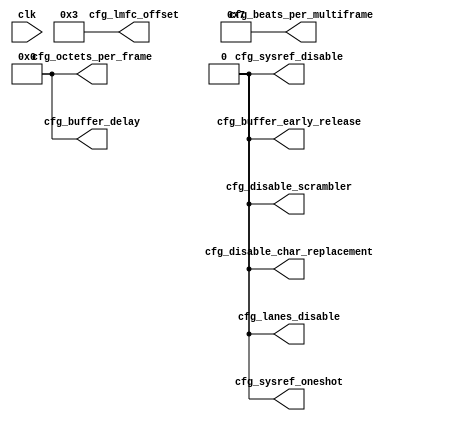
//
// The ADI JESD204 Core is released under the following license, which is
// different than all other HDL cores in this repository.
//
// Please read this, and understand the freedoms and responsibilities you have
// by using this source code/core.
//
// The JESD204 HDL, is copyright  2016-2017 Analog Devices Inc.
//
// This core is free software, you can use run, copy, study, change, ask
// questions about and improve this core. Distribution of source, or resulting
// binaries (including those inside an FPGA or ASIC) require you to release the
// source of the entire project (excluding the system libraries provide by the
// tools/compiler/FPGA vendor). These are the terms of the GNU General Public
// License version 2 as published by the Free Software Foundation.
//
// This core  is distributed in the hope that it will be useful, but WITHOUT ANY
// WARRANTY; without even the implied warranty of MERCHANTABILITY or FITNESS FOR
// A PARTICULAR PURPOSE. See the GNU General Public License for more details.
//
// You should have received a copy of the GNU General Public License version 2
// along with this source code, and binary.  If not, see
// <http://www.gnu.org/licenses/>.
//
// Commercial licenses (with commercial support) of this JESD204 core are also
// available under terms different than the General Public License. (e.g. they
// do not require you to accompany any image (FPGA or ASIC) using the JESD204
// core with any corresponding source code.) For these alternate terms you must
// purchase a license from Analog Devices Technology Licensing Office. Users
// interested in such a license should contact jesd204-licensing@analog.com for
// more information. This commercial license is sub-licensable (if you purchase
// chips from Analog Devices, incorporate them into your PCB level product, and
// purchase a JESD204 license, end users of your product will also have a
// license to use this core in a commercial setting without releasing their
// source code).
//
// In addition, we kindly ask you to acknowledge ADI in any program, application
// or publication in which you use this JESD204 HDL core. (You are not required
// to do so; it is up to your common sense to decide whether you want to comply
// with this request or not.) For general publications, we suggest referencing :
// The design and implementation of the JESD204 HDL Core used in this project
// is copyright  2016-2017, Analog Devices, Inc.
//

module jesd204_rx_static_config #(
  parameter NUM_LANES = 1,
  parameter OCTETS_PER_FRAME = 1,
  parameter FRAMES_PER_MULTIFRAME = 32,
  parameter SCR = 1,
  parameter BUFFER_EARLY_RELEASE = 0
) (
  input clk,

  output [NUM_LANES-1:0] cfg_lanes_disable,
  output [7:0] cfg_beats_per_multiframe,
  output [7:0] cfg_octets_per_frame,
  output [7:0] cfg_lmfc_offset,
  output cfg_sysref_oneshot,
  output cfg_sysref_disable,

  output [7:0] cfg_buffer_delay,
  output cfg_buffer_early_release,
  output cfg_disable_scrambler,
  output cfg_disable_char_replacement
);

assign cfg_beats_per_multiframe = (FRAMES_PER_MULTIFRAME * OCTETS_PER_FRAME / 4) - 1;
assign cfg_octets_per_frame = OCTETS_PER_FRAME - 1;
assign cfg_lmfc_offset = 3;
assign cfg_sysref_oneshot = 1'b0;
assign cfg_sysref_disable = 1'b0;
assign cfg_buffer_delay = 'h0;
assign cfg_buffer_early_release = BUFFER_EARLY_RELEASE;
assign cfg_lanes_disable = {NUM_LANES{1'b0}};
assign cfg_disable_scrambler = SCR ? 1'b0 : 1'b1;
assign cfg_disable_char_replacement = cfg_disable_scrambler;

endmodule